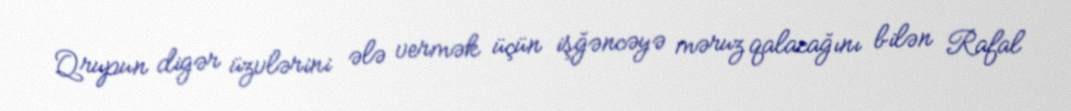
Qrupun digər üzvlərini ələ vermək üçün işğəncəyə məruz qalacağını bilən Rafal